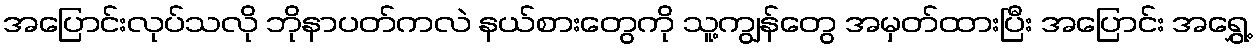
အပြောင်းလုပ်သလို ဘိုနာပတ်ကလဲ နယ်စားတွေကို သူ့ကျွန်တွေ အမှတ်ထားပြီး အပြောင်း အရွှေ့